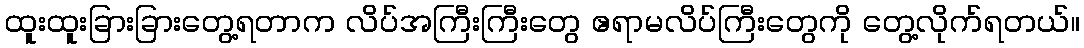
ထူးထူးခြားခြားတွေ့ရတာက လိပ်အကြီးကြီးတွေ ဧရာမလိပ်ကြီးတွေကို တွေ့လိုက်ရတယ်။